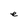
Character: e